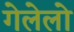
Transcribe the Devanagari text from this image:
गेलेलो